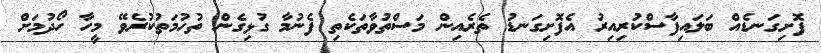
ފޮށިގަނޑެއް ބަލައިފާސްކުރިއިރު އެފޮށިގަނޑު ތެރެއިން މަސްތުވާތަކެތި ފެނުމާ ގުޅިގެން ތުހުމަތުކުރެވޭ މީހާ ހޯދުމަށް